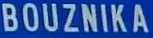
BOUZNika